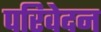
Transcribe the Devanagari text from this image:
परिवेदन